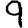
Digit: 9